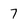
Character: 7